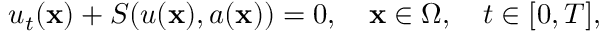
u _ { t } ( \mathbf { x } ) + S ( u ( \mathbf { x } ) , a ( \mathbf { x } ) ) = 0 , \quad \mathbf { x } \in \Omega , \quad t \in [ 0 , T ] ,